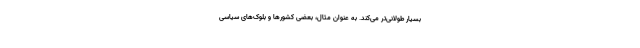
بسیار طولانی‌تر می‌کند. به عنوان مثال، بعضی کشورها و بلوک‌های سیاسی